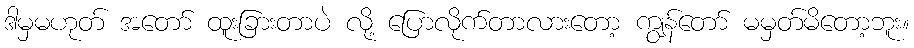
ဒါမှမဟုတ် အတော် ထူးခြားတာပဲ လို့ ပြောလိုက်တာလားတော့ ကျွန်တော် မမှတ်မိတော့ဘူး။